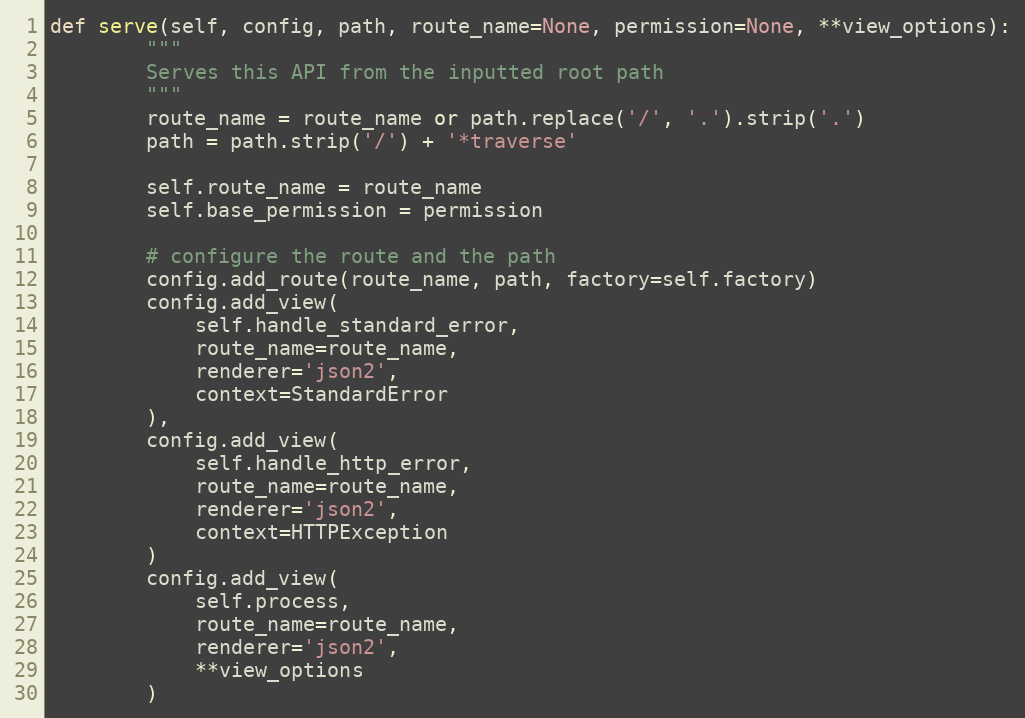
Language: Python
def serve(self, config, path, route_name=None, permission=None, **view_options):
        """
        Serves this API from the inputted root path
        """
        route_name = route_name or path.replace('/', '.').strip('.')
        path = path.strip('/') + '*traverse'

        self.route_name = route_name
        self.base_permission = permission

        # configure the route and the path
        config.add_route(route_name, path, factory=self.factory)
        config.add_view(
            self.handle_standard_error,
            route_name=route_name,
            renderer='json2',
            context=StandardError
        ),
        config.add_view(
            self.handle_http_error,
            route_name=route_name,
            renderer='json2',
            context=HTTPException
        )
        config.add_view(
            self.process,
            route_name=route_name,
            renderer='json2',
            **view_options
        )